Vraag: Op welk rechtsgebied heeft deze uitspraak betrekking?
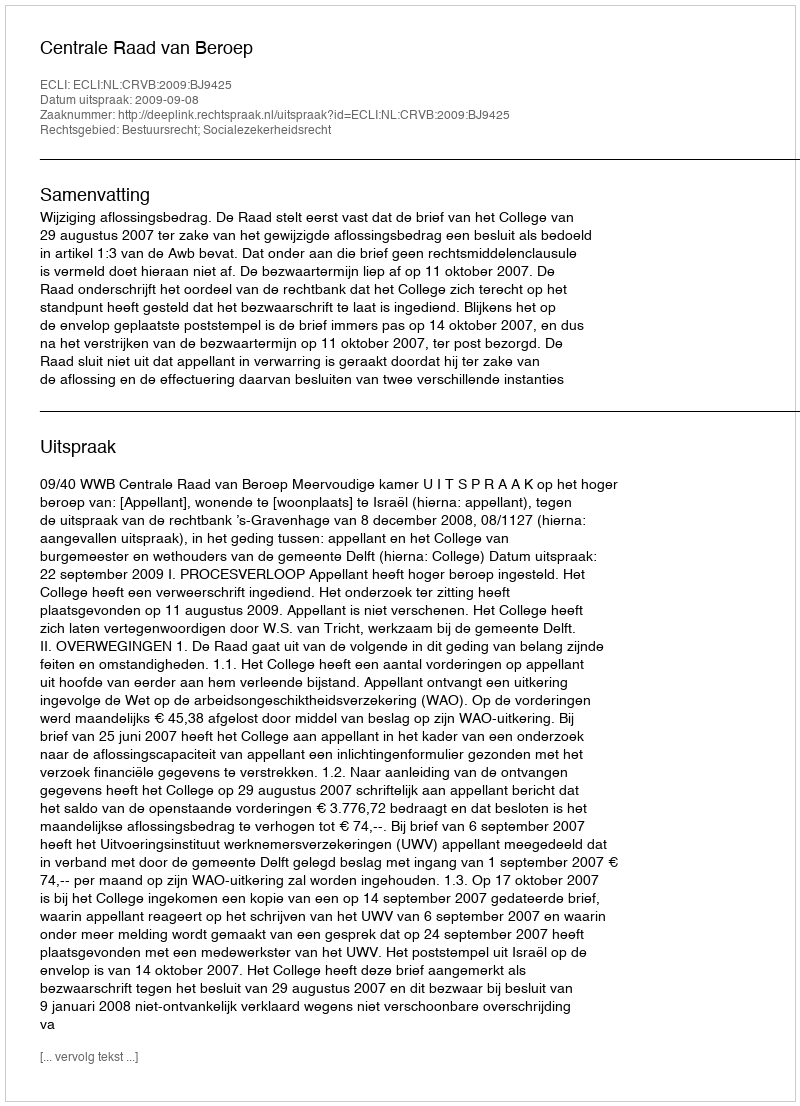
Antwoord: Bestuursrecht; Socialezekerheidsrecht